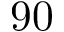
9 0